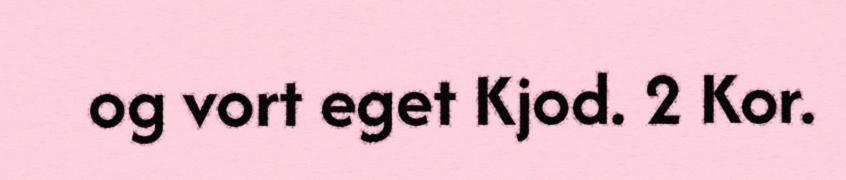
og vort eget Kjod. 2 Kor.